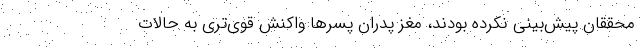
محققان پیش‌بینی نکرده بودند، مغز پدران پسرها واکنش قوی‌تری به حالات